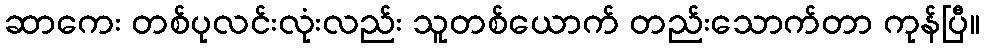
ဆာကေး တစ်ပုလင်းလုံးလည်း သူတစ်ယောက် တည်းသောက်တာ ကုန်ပြီ။